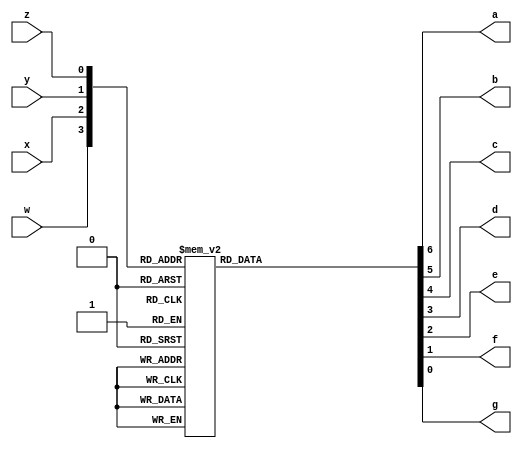
//Four-bit binary to seven-segment decoder. Active low output.
module BinaryToHex
 (
	input w,x,y,z,
	output reg a,b,c,d,e,f,g
);
	always @ (w,x,y,z) begin
		case ({w,x,y,z})
			4'b0000: {a,b,c,d,e,f,g} = 7'b0000001; //0
			4'b0001: {a,b,c,d,e,f,g} = 7'b1001111; //1
			4'b0010: {a,b,c,d,e,f,g} = 7'b0010010; //2
			4'b0011: {a,b,c,d,e,f,g} = 7'b0000110; //3
			4'b0100: {a,b,c,d,e,f,g} = 7'b1001100; //4
			4'b0101: {a,b,c,d,e,f,g} = 7'b0100100; //5
			4'b0110: {a,b,c,d,e,f,g} = 7'b0100000; //6
			4'b0111: {a,b,c,d,e,f,g} = 7'b0001111; //7
			4'b1000: {a,b,c,d,e,f,g} = 7'b0000000; //8
			4'b1001: {a,b,c,d,e,f,g} = 7'b0001100; //9
			4'b1010: {a,b,c,d,e,f,g} = 7'b0001000; //A
			4'b1011: {a,b,c,d,e,f,g} = 7'b1100000; //b
			4'b1100: {a,b,c,d,e,f,g} = 7'b0110001; //C
			4'b1101: {a,b,c,d,e,f,g} = 7'b1000010; //d
			4'b1110: {a,b,c,d,e,f,g} = 7'b0110000; //E
			4'b1111: {a,b,c,d,e,f,g} = 7'b0111000; //F
		endcase
	end
endmodule